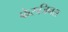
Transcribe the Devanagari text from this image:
फेरुजिनस